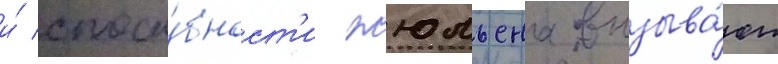
и́ спосо́бност'и жюльена вызыва́ют